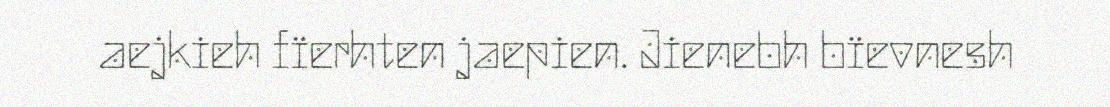
aejkieh fïerhten jaepien. Jienebh bïevnesh